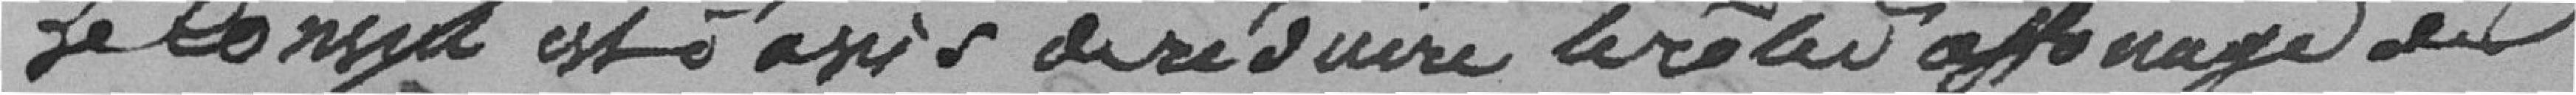
Le Conseil est d'avoir du réduire le rôle d'affinage de